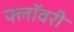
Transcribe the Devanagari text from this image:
फ्लॉवरी